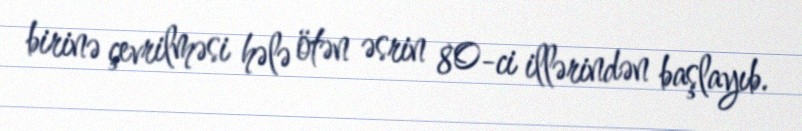
birinə çevrilməsi hələ ötən əsrin 80-ci illərindən başlayıb.